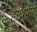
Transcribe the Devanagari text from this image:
हाथपंप